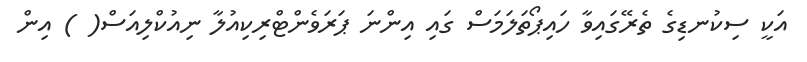
އަކީ ސިކުނޑިގެ ތެރޭގައިވާ ހައިޕޯތަލަމަސް ގައި އިންނަ ޕަރަވެންޓްރިކިއުލާ ނިއުކްލިއަސް( ) އިން